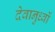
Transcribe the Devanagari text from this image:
देवानुर्ध्वो